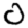
Digit: 0